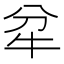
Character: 𤘝